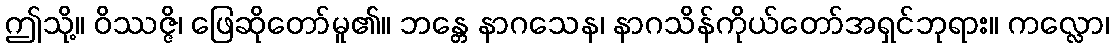
ဤသို့။ ဝိဿဇ္ဇိ၊ ဖြေဆိုတော်မူ၏။ ဘန္တေ နာဂသေန၊ နာဂသိန်ကိုယ်တော်အရှင်ဘုရား။ ကလ္လော၊